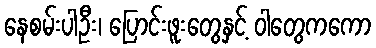
နေစမ်းပါဦး၊ ပြောင်းဖူးတွေနှင့် ဝါတွေကကော